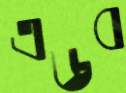
এডব